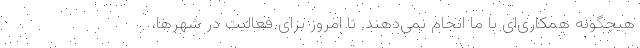
هیچگونه همکاری‌ای با ما انجام نمی‌دهند. تا امروز برای فعالیت در شهرها،